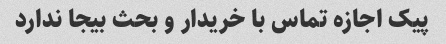
پیک اجازه تماس با خریدار و بحث بیجا ندارد